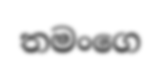
තමංගෙ